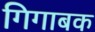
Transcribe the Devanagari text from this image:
गिगाबक